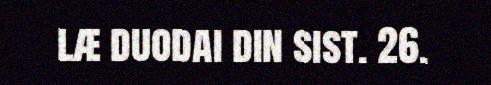
læ duodai din sist. 26.